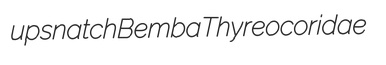
upsnatch Bemba Thyreocoridae